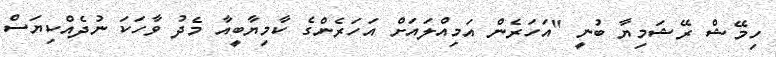
ހިމޭޝް ރޭޝަމިޔާ ބުނީ "އަހަރެން އަމިއްލައަށް އަހަރެންގެ ކާމިޔާބީއާ މެދު ވާހަކަ ނުދެއްކިޔަސް